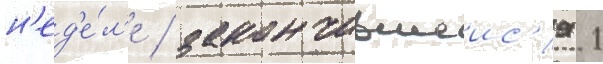
н'ед'е́л'е / закончившеис'я 1